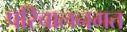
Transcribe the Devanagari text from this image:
परिचालनगत